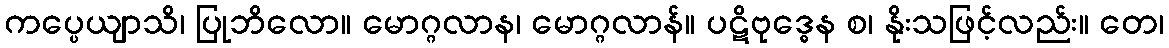
ကပ္ပေယျာသိ၊ ပြုဘိလော။ မောဂ္ဂလာန၊ မောဂ္ဂလာန်။ ပဋိဗုဒ္ဓေန စ၊ နိုးသဖြင့်လည်း။ တေ၊